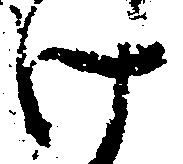
け